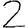
Digit: 2